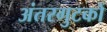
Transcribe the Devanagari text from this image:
अंतरगुटकों